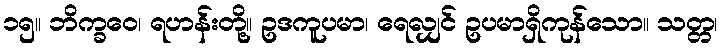
၁၅။ ဘိက္ခဝေ၊ ရဟန်းတို့။ ဥဒကူပမာ၊ ရေလျှင် ဥပမာရှိကုန်သော။ သတ္တ၊